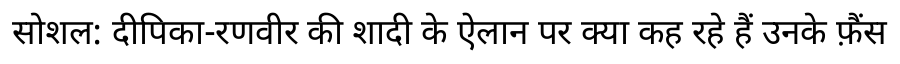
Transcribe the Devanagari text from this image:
सोशल: दीपिका-रणवीर की शादी के ऐलान पर क्या कह रहे हैं उनके फ़ैंस